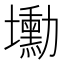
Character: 𡓕